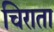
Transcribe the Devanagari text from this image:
चिराता